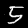
Label: 5